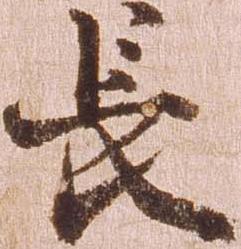
長